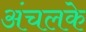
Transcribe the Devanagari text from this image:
अंचलके